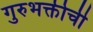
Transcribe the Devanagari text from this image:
गुरुभक्तीची